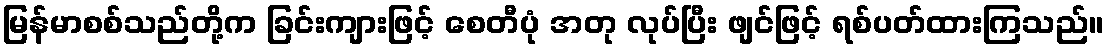
မြန်မာစစ်သည်တို့က ခြင်းကျားဖြင့် စေတီပုံ အတု လုပ်ပြီး ဖျင်ဖြင့် ရစ်ပတ်ထားကြသည်။